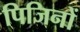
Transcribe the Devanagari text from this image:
पिजिनों